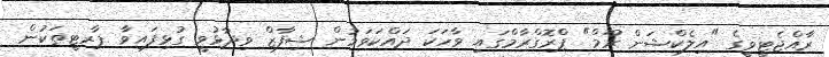
ރާއްޖެޓީވީގެ "އިލެކްޝަން ރޫމް" ޕްރޮގްރާމްގައި ވާހަކަ ދައްކަވަމުން ޝިފާޒް ވިދާޅުވީ ގުޅިފައިވާ ޕާރޓީތަކުން